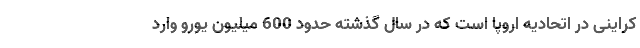
کراینی در اتحادیه اروپا است که در سال گذشته حدود 600 میلیون یورو وارد